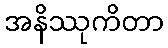
အနိဿုကိတာ